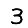
Digit: 3